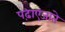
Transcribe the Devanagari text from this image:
पढ़ाएजाते